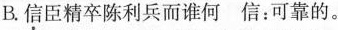
B.信臣精卒陈利兵而谁何 信：可靠的。